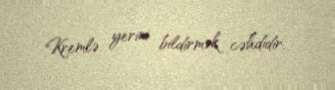
Kremlə yerini bildirmək cəhdidir.